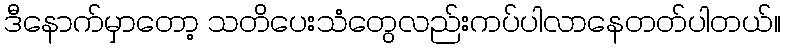
ဒီနောက်မှာတော့ သတိပေးသံတွေလည်းကပ်ပါလာနေတတ်ပါတယ်။